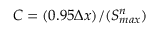
C = ( 0 . 9 5 \Delta x ) / ( S _ { m a x } ^ { n } )